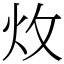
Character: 炇